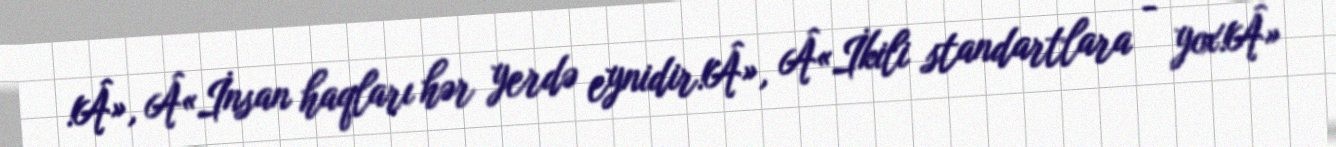
!Â», Â«İnsan haqları hər yerdə eynidir!Â», Â«İkili standartlara - yox!Â»